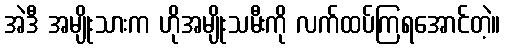
အဲဒီ အမျိုးသားက ဟိုအမျိုးသမီးကို လက်ထပ်ကြရအောင်တဲ့။